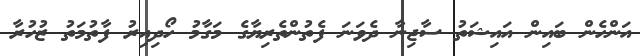
އަންހެން ބައިން އައިޝަތު ސާޖިނާ ދެވަނަ ފެތުންތެރިޔާގެ މަގާމު ހޯދިއިރު ފާތުމަތު ޒުހުރާ